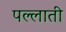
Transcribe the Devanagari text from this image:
पल्लाती